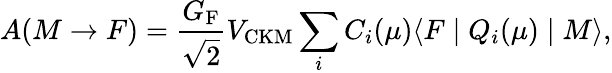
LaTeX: A(M\to F)=\frac{G_{\mathrm{F}}}{\sqrt 2}V_{\mathrm{CKM}}\sum_{i}C_{i}(\mu)\langle F\mid Q_{i}(\mu)\mid M\rangle,